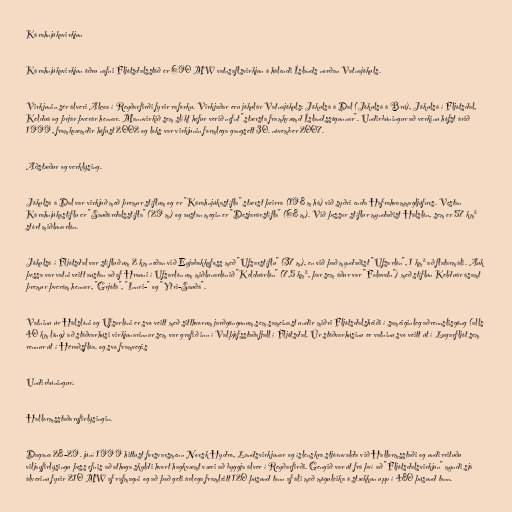
Kárahnjúkavirkjun

Kárahnjúkavirkjun öðru nafni Fljótsdalsstöð er 690 MW vatnsaflsvirkjun á hálendi Íslands norðan Vatnajökuls.

Virkjunin sér álveri Alcoa í Reyðarfirði fyrir raforku. Virkjaðar eru jökulár Vatnajökuls: Jökulsá á Dal (Jökulsá á Brú), Jökulsá í Fljótsdal,
Kelduá og þrjár þverár hennar. Mannvirkið sem slíkt hefur verið nefnt "stærsta framkvæmd Íslandssögunnar". Undirbúningur að verkinu hófst árið
1999, framkvæmdir hófust 2002 og loks var virkjunin formlega gangsett 30. nóvember 2007.

Aðstæður og verklýsing.

Jökulsá á Dal var virkjuð með þremur stíflum og er "Kárahnjúkastífla" stærst þeirra (198 m há) við syðri enda Hafrahvammagljúfurs. Vestan
Kárahnjúkastíflu er "Sauðárdalsstífla" (29 m) og austan megin er "Desjarárstífla" (68 m). Við þessar stíflur myndaðist Hálslón, sem er 57 km²
stórt miðlunarlón.

Jökulsá í Fljótsdal var stífluð um 2 km neðan við Eyjabakkafoss með "Ufsarstíflu" (37 m), en við það myndaðist "Ufsarlón", 1 km² að flatarmáli. Auk
þessa var vatni veitt austan að af Hrauni í Ufsarlón um miðlunarlónið "Kelduárlón" (7,5 km², þar sem áður var "Folavatn") með stíflun Kelduár ásamt
þremur þverám hennar, "Grjótá", "Innri-" og "Ytri-Sauðá".

Vatninu úr Hálslóni og Ufsarlóni er svo veitt með sitthvorum jarðgöngunum sem sameinast undir miðri Fljótsdalsheiði í sameiginleg aðrennslisgöng (alls
40 km löng) að stöðvarhúsi virkjunarinnar sem var grafið inn í Valþjófsstaðafjall í Fljótsdal. Úr stöðvarhúsinu er vatninu svo veitt út í Lagarfljót sem
rennur út í Héraðsflóa. og svo framvegis

Undirbúningur.

Hallormsstaðaryfirlýsingin.

Dagana 28-29. júní 1999 hittust forsvarsmenn Norsk Hydro, Landsvirkjunar og íslenskra stjórnvalda við Hallormsstaði og undirrituðu
viljayfirlýsingu þess efnis að athuga skyldi hvort hagkvæmt væri að byggja álver í Reyðarfirði. Gengið var út frá því að "Fljótsdalsvirkjun" myndi sjá
álverinu fyrir 210 MW af rafmagni og að það geti árlega framleitt 120 þúsund tonn af áli með möguleika á stækkun upp í 480 þúsund tonn.